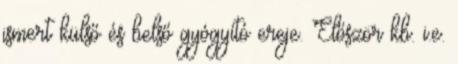
ismert külső és belső gyógyító ereje. Először kb. i.e.